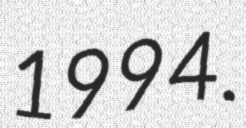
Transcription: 1994.